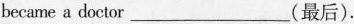
became a doctor___(最后).